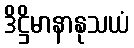
ဒိဋ္ဌိမာနာနုသယံ